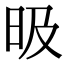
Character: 昅